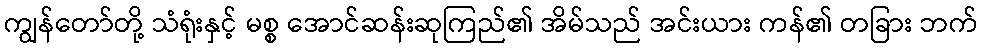
ကျွန်တော်တို့ သံရုံးနှင့် မစ္စ အောင်ဆန်းဆုကြည်၏ အိမ်သည် အင်းယား ကန်၏ တခြား ဘက်